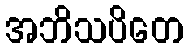
အဘိသပိတေ